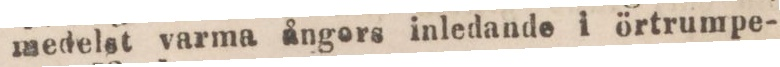
medelst varma ångors inledande i örtrumpe-